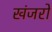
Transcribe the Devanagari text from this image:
खंजरों